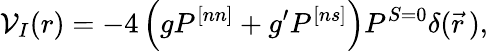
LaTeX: \mathcal{V}_{I}(r)=-4\left(gP^{[nn]}+g^{\prime}P^{[ns]}\right)P^{S=0}\delta(\vec{{r}}\, ),